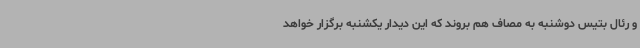
و رئال بتیس دوشنبه به مصاف هم بروند که این دیدار یکشنبه برگزار خواهد